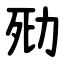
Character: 㱝